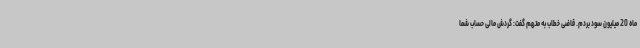
ماه 20 میلیون سود بردم. قاضی خطاب به متهم گفت: گردش مالی حساب شما